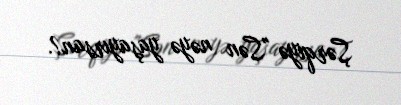
Şərqiyə "Sən nəyə yaşayırsan?.